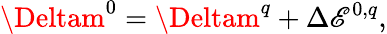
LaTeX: \Deltam^{0}=\Deltam^{q}+\Delta\mathscr{E}^{0,q},